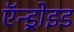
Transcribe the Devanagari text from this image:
ऍन्ड्रोइड